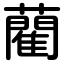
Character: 藺